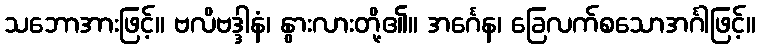
သဘောအားဖြင့်။ ဗလိဗဒ္ဒါနံ၊ နွားလားတို့၏။ အင်္ဂေန၊ ခြေလက်စသောအင်္ဂါဖြင့်။